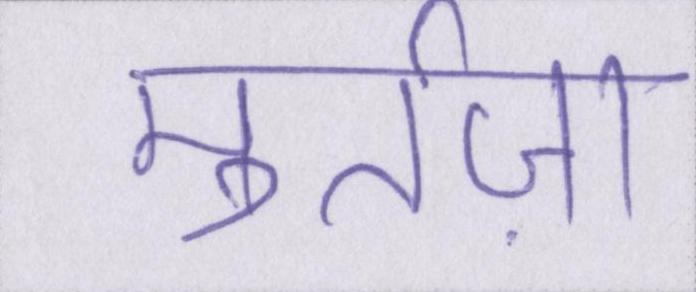
मुर्तज़ा